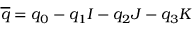
\overline { { q } } = q _ { 0 } - q _ { 1 } I - q _ { 2 } J - q _ { 3 } K